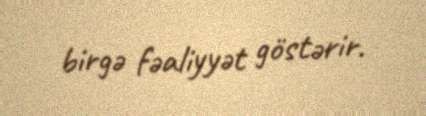
birgə fəaliyyət göstərir.